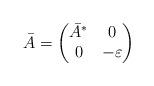
LaTeX: \begin{align*} \bar{A} = \begin{pmatrix} \bar{A}^* & 0 \\ 0 & - \varepsilon \\ \end{pmatrix}\end{align*}